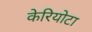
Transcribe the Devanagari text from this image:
केरियोटा